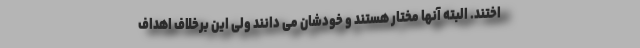
اختند. البته آنها مختار هستند و خودشان می دانند ولی این برخلاف اهداف